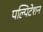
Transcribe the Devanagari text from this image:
पल्पिटेशन